Annual report of the Imperial Bacteriological Laboratory, Muktesar
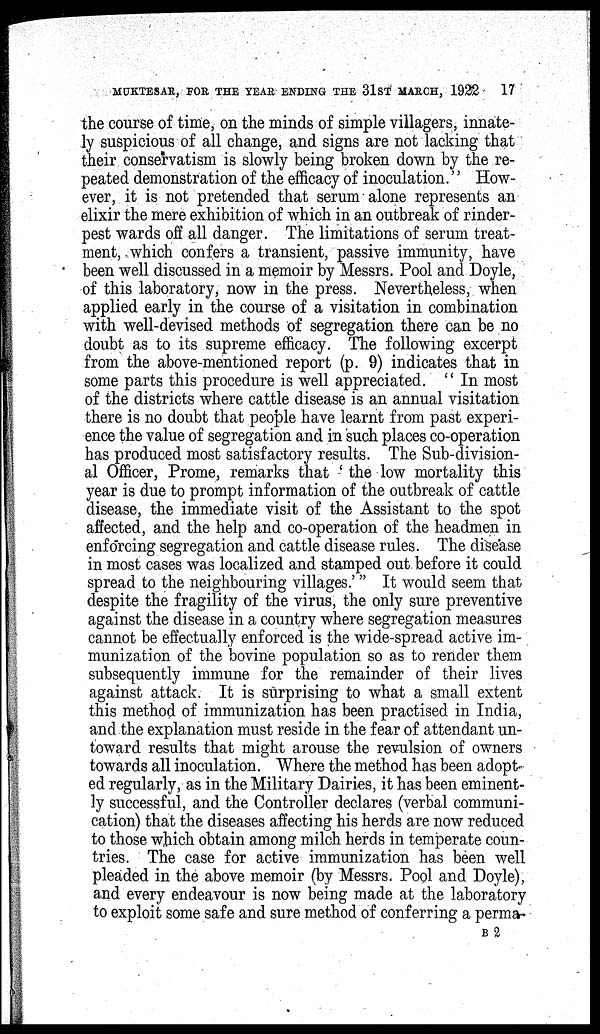
MUKTESAR, FOR THE YEAR ENDING THE 31ST MARCH, 1922 17
the course of time, on the minds of simple villagers, innate-
ly suspicious of all change, and signs are not lacking that
their conservatism is slowly being broken down by the re-
peated demonstration of the efficacy of inoculation." How-
ever, it is not pretended that serum alone represents an
elixir the mere exhibition of which in an outbreak of rinder-
pest wards off all danger. The limitations of serum treat-
ment, which confers a transient, passive immunity, have
been well discussed in a memoir by Messrs. Pool and Doyle,
of this laboratory, now in the press. Nevertheless, when
applied early in the course of a visitation in combination
with well-devised methods of segregation there can be no
doubt as to its supreme efficacy. The following excerpt
from the above-mentioned report (p. 9) indicates that in
some parts this procedure is well appreciated. " In most
of the districts where cattle disease is an annual visitation
there is no doubt that people have learnt from past experi-
ence the value of segregation and in such places co-operation
has produced most satisfactory results. The Sub-division-
al Officer, Prome, remarks that ' the low mortality this
year is due to prompt information of the outbreak of cattle
disease, the immediate visit of the Assistant to the spot
affected, and the help and co-operation of the headmen in
enforcing segregation and cattle disease rules. The disease
in most cases was localized and stamped out before it could
spread to the neighbouring villages.' " It would seem that
despite the fragility of the virus, the only sure preventive
against the disease in a country where segregation measures
cannot be effectually enforced is the wide-spread active im-
munization of the bovine population so as to render them
subsequently immune for the remainder of their lives
against attack. It is surprising to what a small extent
this method of immunization has been practised in India,
and the explanation must reside in the fear of attendant un-
toward results that might arouse the revulsion of owners
towards all inoculation. Where the method has been adopt-
ed regularly, as in the Military Dairies, it has been eminent-
ly successful, and the Controller declares (verbal communi-
cation) that the diseases affecting his herds are now reduced
to those which obtain among milch herds in temperate coun-
tries. The case for active immunization has been well
pleaded in the above memoir (by Messrs. Pool and Doyle),
and every endeavour is now being made at the laboratory
to exploit some safe and sure method of conferring a perma-
B 2